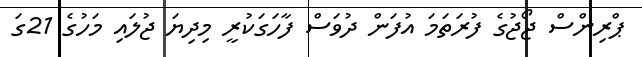
ޕްރިންސް ޖޯޖުގެ ފުރަތަމަ އުފަން ދުވަސް ފާހަގަކުރީ މިދިޔަ ޖުލައި މަހުގެ 21ގަ